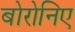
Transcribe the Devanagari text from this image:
बोरोनिए